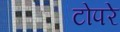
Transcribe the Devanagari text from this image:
टोपरे